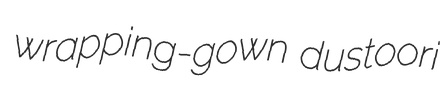
wrapping-gown dustoori